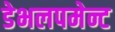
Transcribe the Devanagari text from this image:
डेभलपमेन्ट